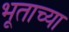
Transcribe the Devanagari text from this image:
भूताच्या